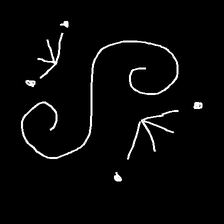
Glyph: aeroform